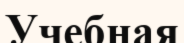
Учебная